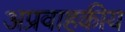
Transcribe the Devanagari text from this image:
अप्रवाहकीय